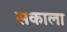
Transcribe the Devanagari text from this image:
सकाला